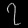
Digit: ၇